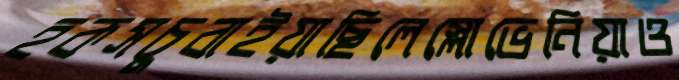
হকসচুবাইয়াছিলেস্লোভেনিয়াও